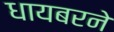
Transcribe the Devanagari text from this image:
धायबरने